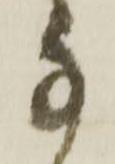
な